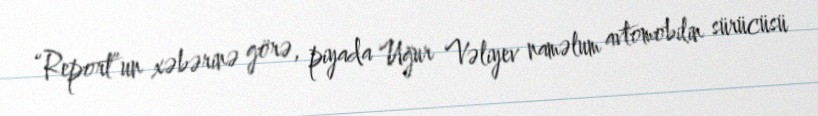
“Report”un xəbərinə görə, piyada Uğur Vəliyev naməlum avtomobilin sürücüsü